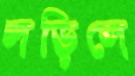
লড়িলে